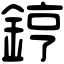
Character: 𨧤